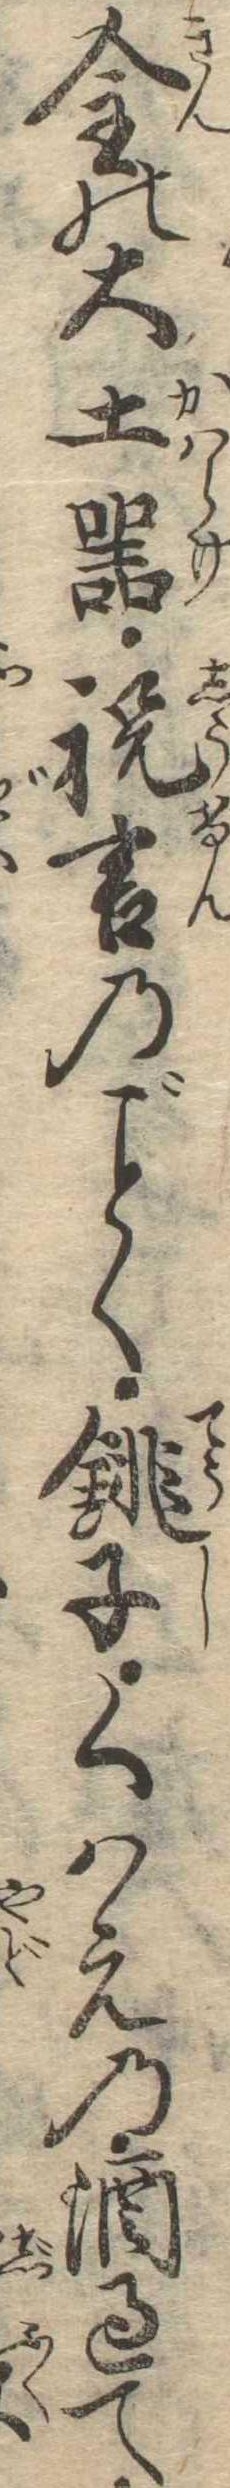
金の大土器祝言のく銚子くはえの酒過て